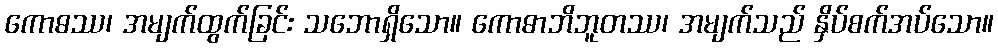
ကောဓဿ၊ အမျက်ထွက်ခြင်း သဘောရှိသော။ ကောဓာဘိဘူတဿ၊ အမျက်သည် နှိပ်စက်အပ်သော။